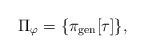
LaTeX: \begin{align*}\Pi_{\varphi} =\{ \pi_{\rm gen}[\tau]\}, \end{align*}